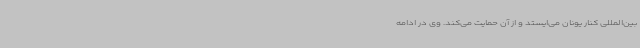
بین‌المللی کنار یونان می‌ایستد و از آن حمایت می‌کند. وی در ادامه